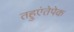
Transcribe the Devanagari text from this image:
तहुएंतेपेक